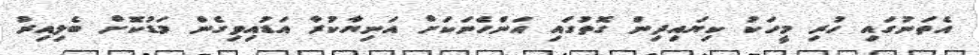
އެތަނުގައި ހުރި މީހަކު ކިޔައިދިން ގޮތުގައި އަންހެނަކަށް އަނިޔާކުރާ އަޑުއިވިގެން މަޑުކޮށް ބެލިއިރު